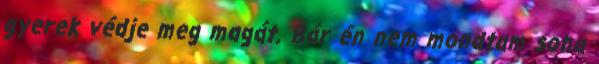
gyerek védje meg magát. Bár én nem mondtam soha